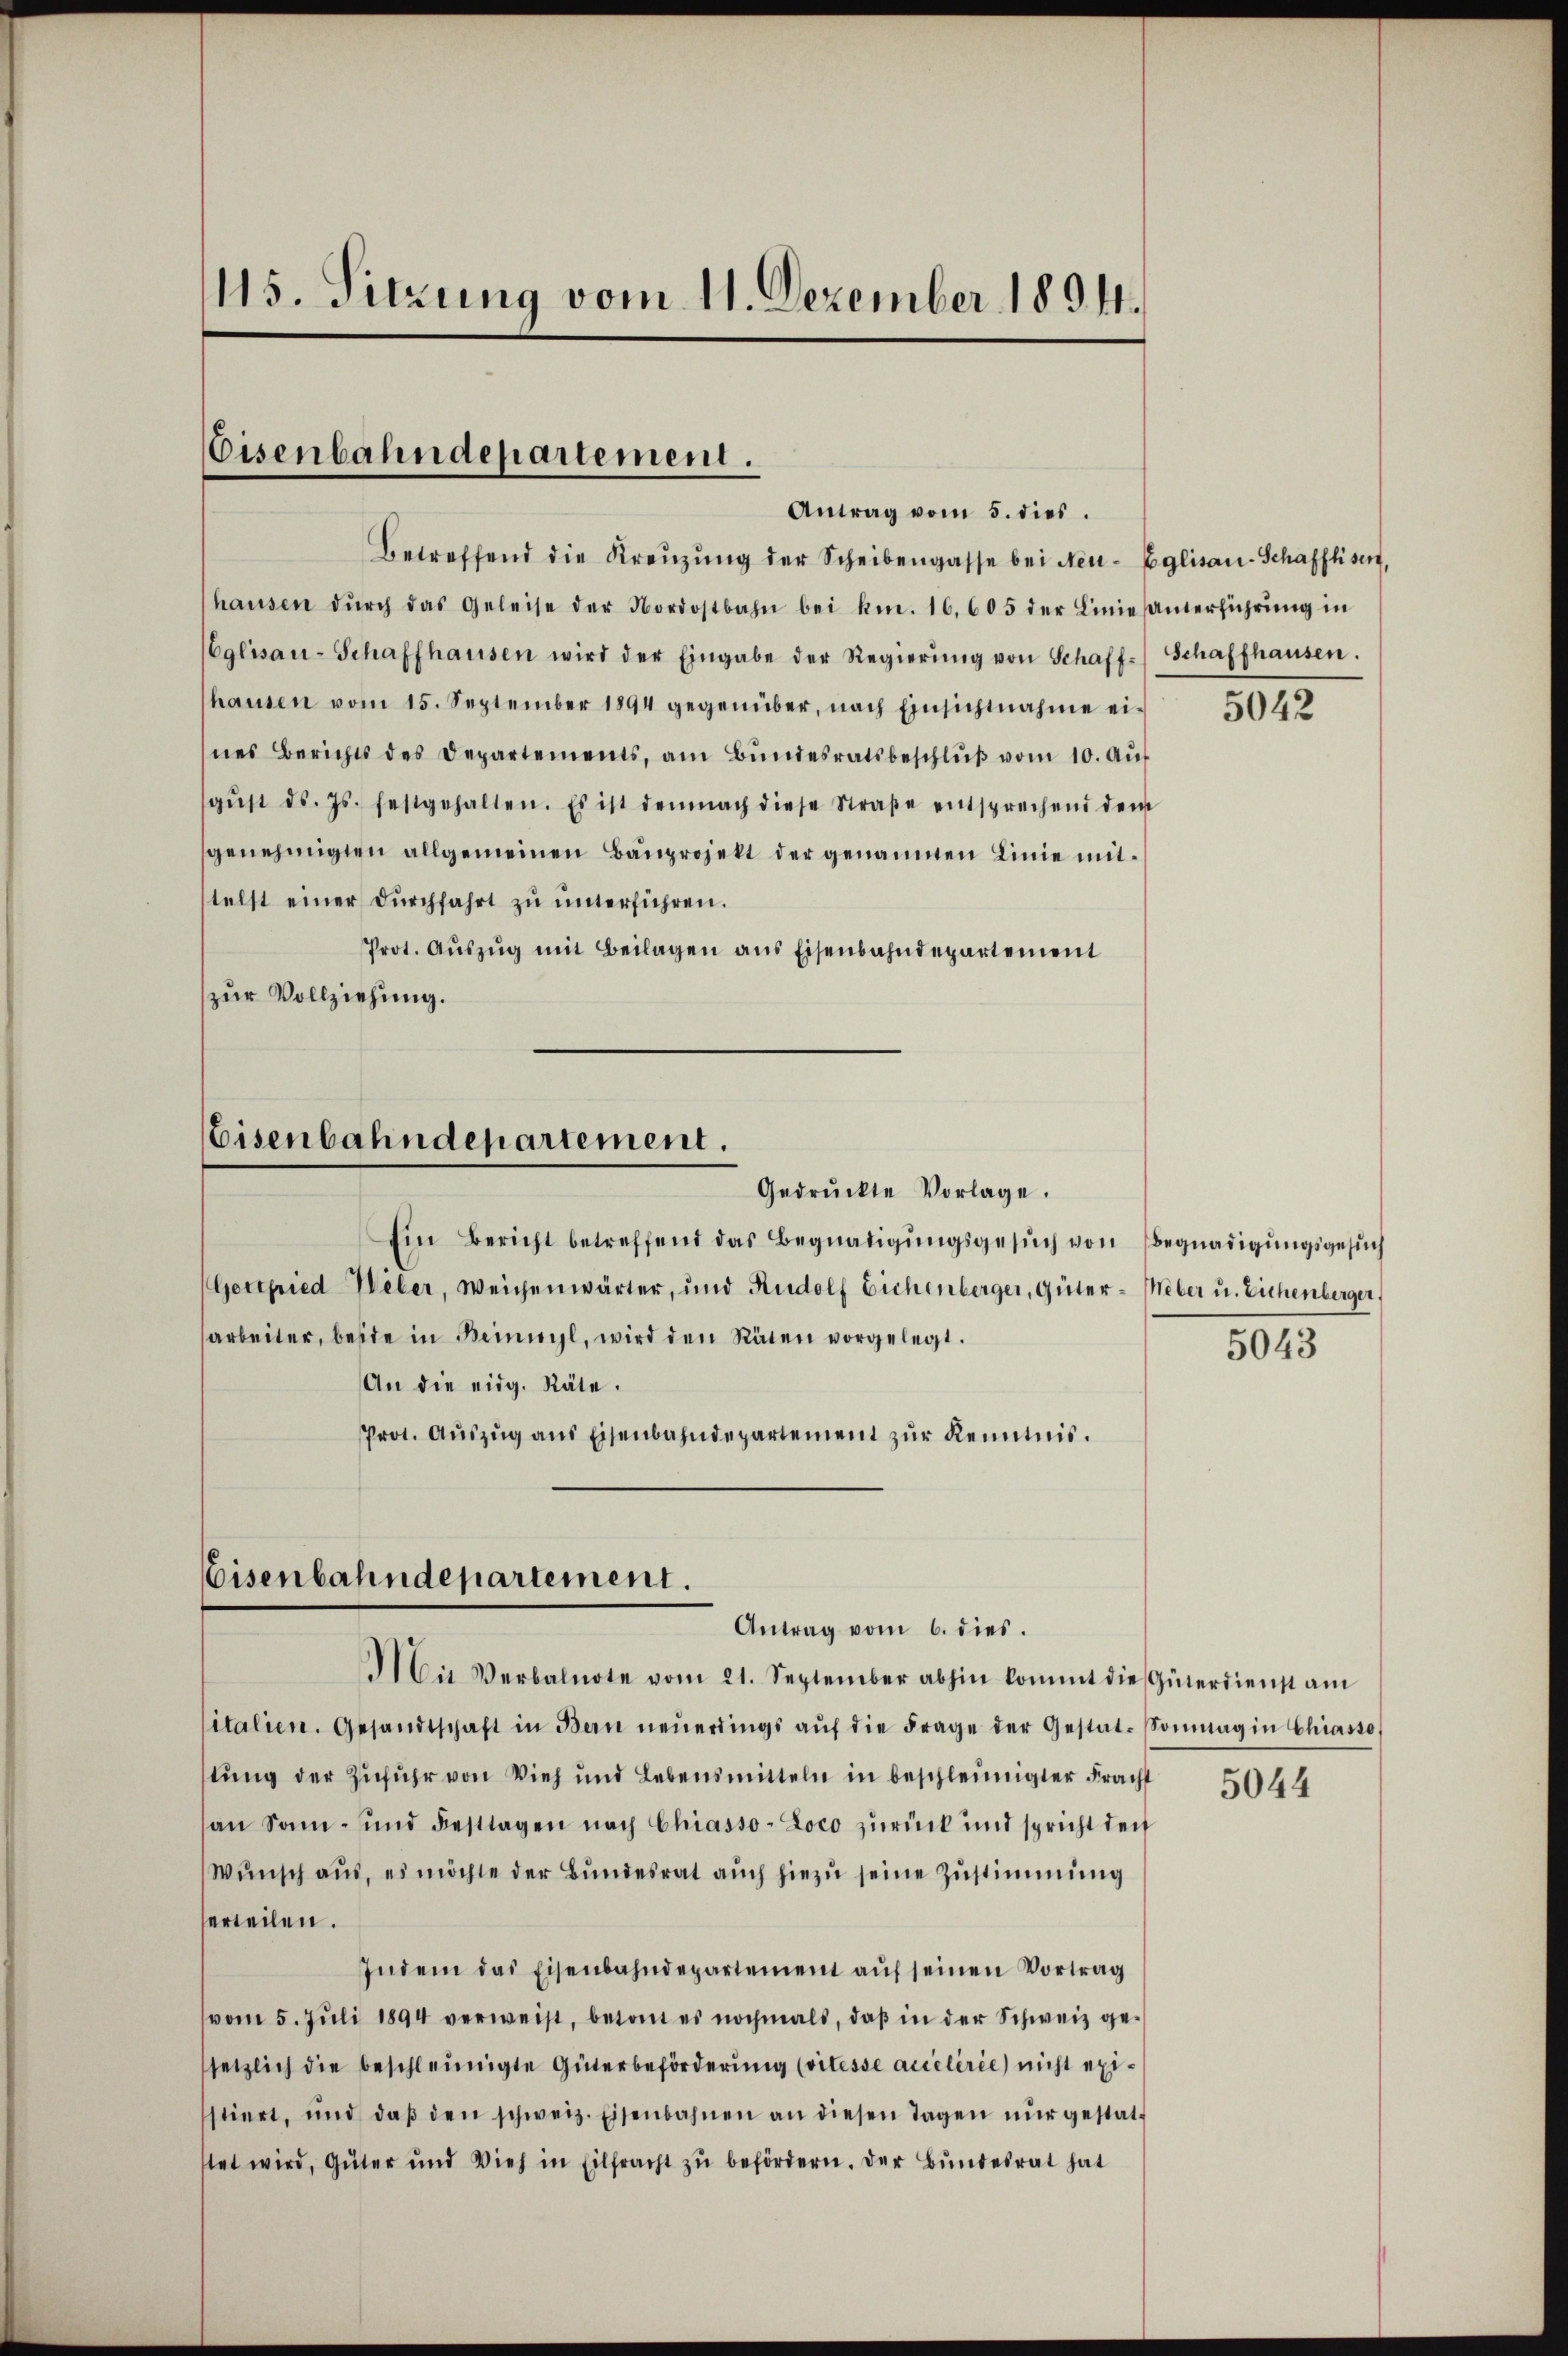
115. Sitzung vom 11. Dezember 1891.

Eisenbahndepartement.
Antrag vom 5. dies

Betreffend die Kreŭzŭng der Scheibengasse bei Neu-Eglisau-Schafftsent,
haŭsen dŭrch das Geleise der Nordostbahn bei kn. 16,605 der Linie santerführŭng in
Eglisau-Schaffhausen wird der Eingabe der Regierŭng von Schaff-Schaffhausen.
haŭsen vom 15. September 1894 gegenüber, nach Einsichtnahme ei-
nes Berichts des Departements, am Bŭndesratsbeschlŭβ vom 10. Aŭf
gŭst ds. Js. festgehalten. Es ist demnach diese Straβe entsprechend dem
genehmigten allgemeinen Bauprojekt der genannten Linie mittelst einer durchfahrt zu unterführen.
Prot. Aŭszŭg mit Beilagen aus Eisenbahndepartement
zur Vollziehung.

Eisenbahndepartement.
Gedrŭckte Vorlage.

Ein Bericht betreffend das Begnadigungsgesuch von Begnadigungsgesuch
Gettpied Weber, Weichenwärter, und Rudolf Eichenberger, Güter-Meber u. Eichenberger,
arbeiter, beste in Beinwyl, wird den Räten vorgelegt.
An die eidg. Räte.
Prot. Auszug aus Eisenbahndepartement zur Kenntnis.

Eisenbahndepartement.
Antrag vom 6. dies.
Mit Verbalnote vom 21. September abhin kommt die Güterdienst am

italien. Gesandtschaft in Bern neŭerdings aŭf die Frage der Gestat-Sonntag in Chiasso
stung der Zufuhr von Vieh und Lebensmitteln in beschleinigter Fracht
an Samm- und Festtagen nach Chiasso-Loco zurück und spricht den
Wŭnsch aŭs, es möchte der Bŭndesrat aŭch hiezŭ seine Zustimmung
erteilen.
Indem das Eisenbahndepartement aŭf seinen Vortrag
vom 5. Jŭli 1894 verweist, betont es nochmals, daβ in der Schweiz ge-
setzlich die beschleunigte Güterbeförderŭng (vilesse accelirie) nicht existiert, und daβ den schweiz. Eisenbahnen an diesen Tagen nŭr gestatstet wird, Güter und Vieh in Eilfracht zŭ befördern. Der Bŭndesrat hat

5042

5043

5044